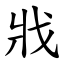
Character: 戕